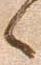
へ